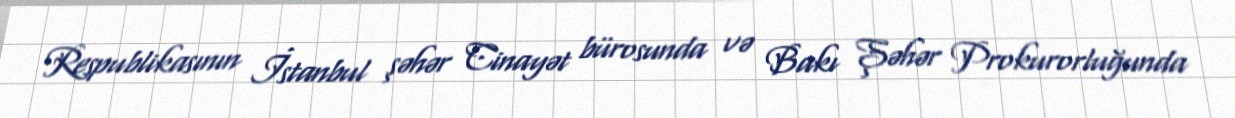
Respublikasının İstanbul şəhər Cinayət bürosunda və Bakı Şəhər Prokurorluğunda